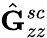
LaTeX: \hat{\mathbf{G}}_{zz}^{sc}